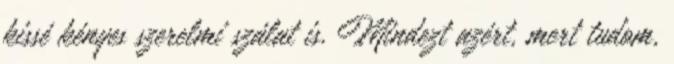
kissé kényes szerelmi szálat is. Mindezt azért, mert tudom,